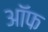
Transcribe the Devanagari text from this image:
अॉफ